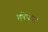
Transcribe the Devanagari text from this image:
क्वोफंग